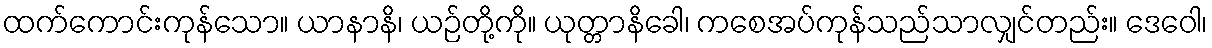
ထက်ကောင်းကုန်သော။ ယာနာနိ၊ ယဉ်တို့ကို။ ယုတ္တာနိခေါ၊ ကစေအပ်ကုန်သည်သာလျှင်တည်း။ ဒေဝေါ၊